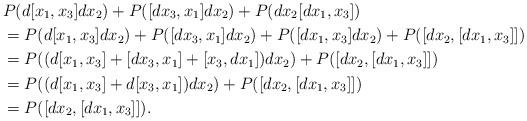
LaTeX: \begin{align*} &P(d[x_1,x_3]dx_2) + P([dx_3,x_1]dx_2) + P(dx_2[dx_1,x_3]) \\ &= P(d[x_1,x_3]dx_2) + P([dx_3,x_1]dx_2) + P([dx_1,x_3]dx_2) + P([dx_2,[dx_1,x_3]]) \\ &= P((d[x_1,x_3] + [dx_3,x_1] + [x_3,dx_1])dx_2) + P([dx_2,[dx_1,x_3]]) \\ &= P((d[x_1,x_3] + d[x_3,x_1])dx_2) + P([dx_2,[dx_1,x_3]]) \\ &= P([dx_2,[dx_1,x_3]]) . \end{align*}